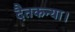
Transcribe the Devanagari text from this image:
दैतकन्या।